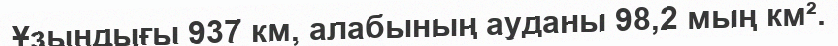
Ұзындығы 937 км, алабының ауданы 98,2 мың км².